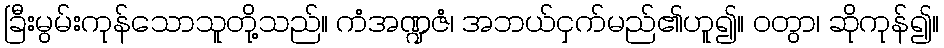
ခြီးမွမ်းကုန်သောသူတို့သည်။ ကံအဏ္ဍဇံ၊ အဘယ်ငှက်မည်၏ဟူ၍။ ဝတွာ၊ ဆိုကုန်၍။